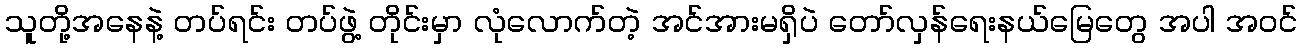
သူတို့အနေနဲ့ တပ်ရင်း တပ်ဖွဲ့ တိုင်းမှာ လုံလောက်တဲ့ အင်အားမရှိပဲ တော်လှန်ရေးနယ်မြေတွေ အပါ အဝင်